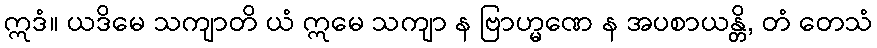
ဣဒံ။ ယဒိမေ သကျာတိ ယံ ဣမေ သကျာ န ဗြာဟ္မဏေ န အပစာယန္တိ, တံ တေသံ